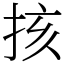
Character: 㧡